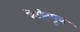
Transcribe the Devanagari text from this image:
तेट्टिप्पूव